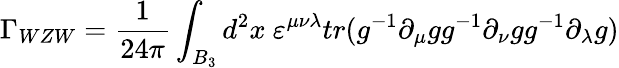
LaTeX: \Gamma_{WZW}={\frac{1}{24\pi}}\int_{B_{3}}d^{2}x\ \varepsilon^{\mu\nu\lambda}{tr(g^{-1}\partial_{\mu}gg^{-1}\partial_{\nu}gg^{-1}\partial_{\lambda}g)}